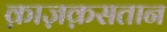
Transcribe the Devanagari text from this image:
क़ाज़क़सतान